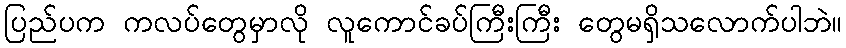
ပြည်ပက ကလပ်တွေမှာလို လူကောင်ခပ်ကြီးကြီး တွေမရှိသလောက်ပါဘဲ။